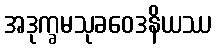
အဒုက္ခမသုခဝေဒနိယဿ